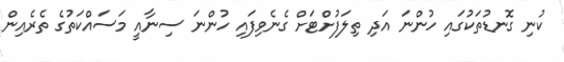
ކުނި ގޮނޑުތަކުގައި ހުންނަ އަދި ތިލަފުށްޓަށް ގެނެވިފައި ހުންނަ ސިނާއީ މަސައްކަތުގެ ތެރެއިން